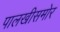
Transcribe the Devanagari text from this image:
पालखीसमोर